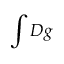
\int { \cal D } g